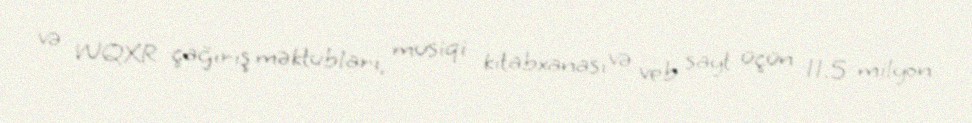
və WQXR çağırış məktubları, musiqi kitabxanası və veb sayt üçün 11.5 milyon